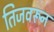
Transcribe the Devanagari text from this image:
तिजवरून